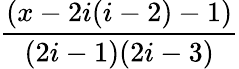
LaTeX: \frac{(x-2i(i-2)-1)}{(2i-1)(2i-3)}